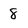
Character: 8